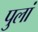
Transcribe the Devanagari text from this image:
पुलां